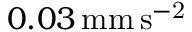
0 . 0 3 \mathrm { \, m m \, s ^ { - 2 } }